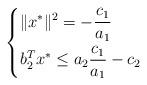
LaTeX: \begin{align*}\left\{\begin{aligned} &\|x^*\|^2=-\frac{c_{1}}{a_{1}}\\& b_2^Tx^*\le a_{2}\frac{c_{1}}{a_{1}} -c_{2}\end{aligned}\right.\end{align*}